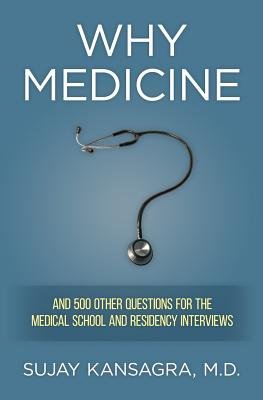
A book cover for Why Medicine?( And 500 Other Questions for the Medical School and Residency Interviews)[WHY MEDICINE][Paperback]; SujayKansagra; Education & Teaching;